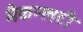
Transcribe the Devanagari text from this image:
मैकन्लटी